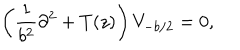
\left( \frac { 1 } { b ^ { 2 } } \partial ^ { 2 } + T ( z ) \right) V _ { - b / 2 } = 0 , \nonumber